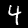
Digit: 4